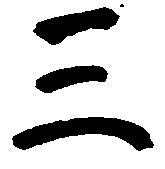
三